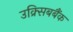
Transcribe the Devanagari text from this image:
उक्र्सिबबैंक